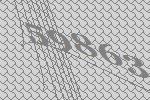
59863